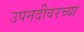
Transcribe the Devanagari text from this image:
उपनदीवरच्या